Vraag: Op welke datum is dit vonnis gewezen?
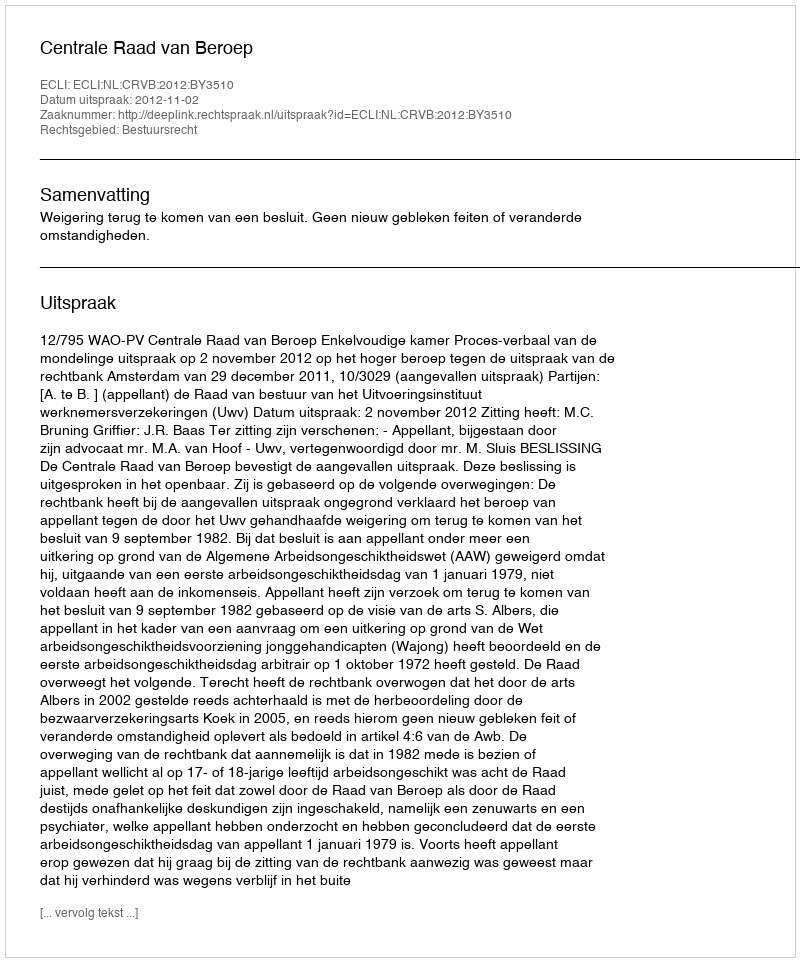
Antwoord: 2012-11-02